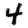
Digit: 4